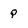
Character: Q